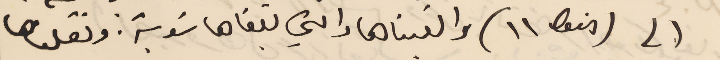
الى ( bis ١١ ) والقيناها والتي تبقاها سَوبة: ونقلناها